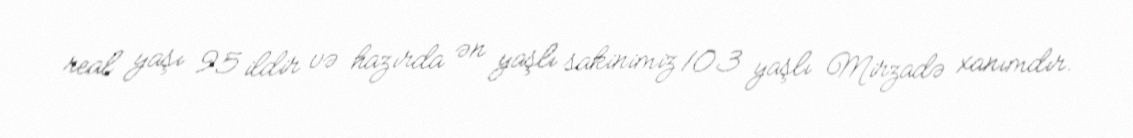
real yaşı 95 ildir və hazırda ən yaşlı sakinimiz 103 yaşlı Mirzadə xanımdır.